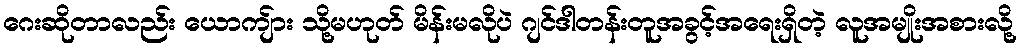
ဂေးဆိုတာလည်း ယောကျ်ား သို့မဟုတ် မိန်းမလိုပဲ ဂျင်ဒါတန်းတူအခွင့်အရေးရှိတဲ့ လူအမျိုးအစားလို့